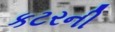
કટરની